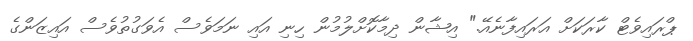
ޕްރައިވެޓް ކާރަކަށް އަރައިފާނެއޭ." އިޝާން ދިމާކޮށްލުމުން ހިނި އައި ނަމަވެސް އެވަގުތުވެސް އައިޒަންގެ